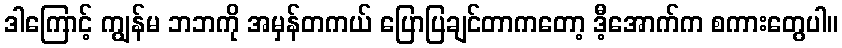
ဒါကြောင့် ကျွန်မ ဘဘကို အမှန်တကယ် ပြောပြချင်တာကတော့ ဒီ့အောက်က စကားတွေပါ။